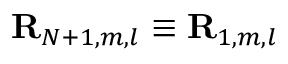
{ \bf R } _ { N + 1 , m , l } \equiv { \bf R } _ { 1 , m , l }